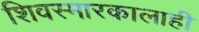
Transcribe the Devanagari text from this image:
शिवस्मारकालाही